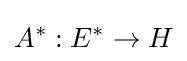
A^{*}:E^{*}\to H